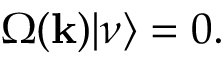
\Omega ( { \bf k } ) | \nu \rangle = 0 .